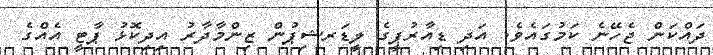
ދައްކަން ޖެހޭނެ ކަމުގައެވެ. އަދި ޑިއާރުޕީގެ ލީޑަރޝިޕުން ޒިންމާދާރު އިދިކޮޅު ޕާޓީ އެއްގެ